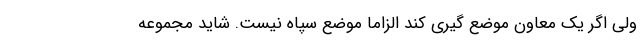
ولی اگر یک معاون موضع گیری کند الزاما موضع سپاه نیست. شاید مجموعه